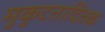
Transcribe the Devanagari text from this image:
मुकुटतादितक